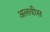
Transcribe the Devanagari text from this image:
अलवीस